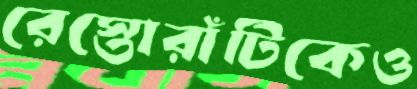
রেস্তোরাঁটিকেও